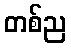
တစ်ည